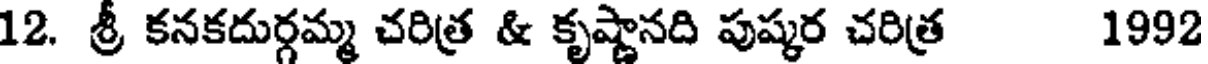
12. శ్రీ కనకదుర్గమ్మ చరిత్ర & కృష్ణానది పుష్కర చరిత్ర 1992